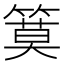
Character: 𥱹